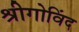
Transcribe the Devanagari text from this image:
श्रीगोविंद